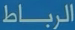
الرباط